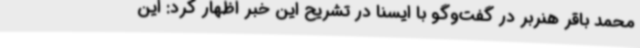
محمد باقر هنربر در گفت‌وگو با ایسنا در تشریح این خبر اظهار کرد: این